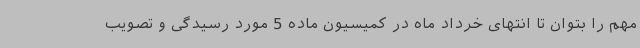
مهم را بتوان تا انتهای خرداد ماه در کمیسیون ماده 5 مورد رسیدگی و تصویب